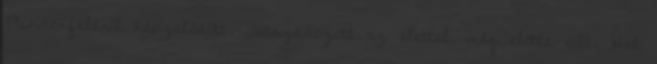
Mindenféléről képzelődött. Játszadozott az élettel, még előtte volt. Hat